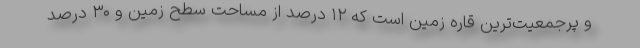
و پرجمعیت‌ترین قاره زمین است که ۱۲ درصد از مساحت سطح زمین و ۳۰ درصد